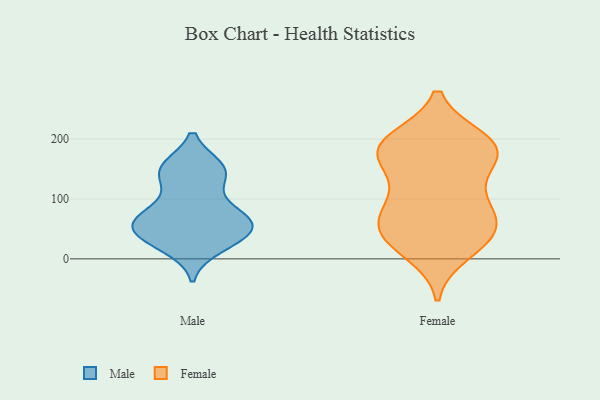
{"axis": {"x": "Demand Index", "y": "Value"}, "legend": ["Female", "Male"], "data": [{"x": "", "y": 45, "type": "Male"}, {"x": "", "y": 20, "type": "Male"}, {"x": "", "y": 151, "type": "Male"}, {"x": "", "y": 73, "type": "Male"}, {"x": "", "y": 36, "type": "Male"}, {"x": "", "y": 152, "type": "Male"}, {"x": "", "y": 29, "type": "Male"}, {"x": "", "y": 86, "type": "Male"}, {"x": "", "y": 44, "type": "Male"}, {"x": "", "y": 67, "type": "Male"}, {"x": "", "y": 130, "type": "Male"}, {"x": "", "y": 144, "type": "Male"}, {"x": "", "y": 65, "type": "Male"}, {"x": "", "y": 61, "type": "Male"}, {"x": "", "y": 58, "type": "Male"}, {"x": "", "y": 152, "type": "Male"}, {"x": "", "y": 12, "type": "Female"}, {"x": "", "y": 198, "type": "Female"}, {"x": "", "y": 139, "type": "Female"}, {"x": "", "y": 173, "type": "Female"}, {"x": "", "y": 187, "type": "Female"}, {"x": "", "y": 44, "type": "Female"}, {"x": "", "y": 175, "type": "Female"}, {"x": "", "y": 96, "type": "Female"}, {"x": "", "y": 35, "type": "Female"}, {"x": "", "y": 78, "type": "Female"}, {"x": "", "y": 181, "type": "Female"}, {"x": "", "y": 87, "type": "Female"}, {"x": "", "y": 36, "type": "Female"}, {"x": "", "y": 196, "type": "Female"}, {"x": "", "y": 182, "type": "Female"}, {"x": "", "y": 40, "type": "Female"}, {"x": "", "y": 71, "type": "Female"}]}